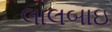
લાલબાઇ